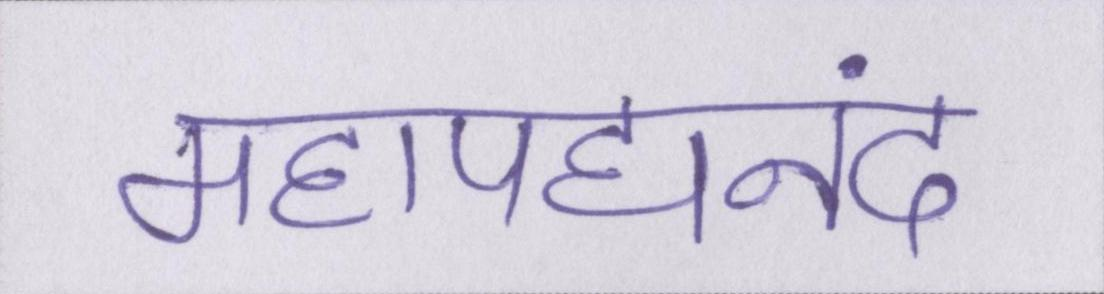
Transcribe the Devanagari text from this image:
महापद्यनंद